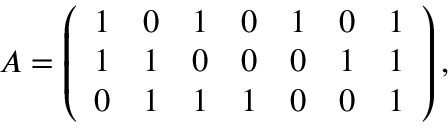
A = \left( \begin{array} { c c c c c c c } { { 1 } } & { { 0 } } & { { 1 } } & { { 0 } } & { { 1 } } & { { 0 } } & { { 1 } } \\ { { 1 } } & { { 1 } } & { { 0 } } & { { 0 } } & { { 0 } } & { { 1 } } & { { 1 } } \\ { { 0 } } & { { 1 } } & { { 1 } } & { { 1 } } & { { 0 } } & { { 0 } } & { { 1 } } \end{array} \right) ,